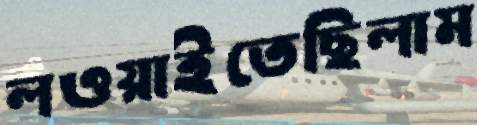
লওয়াইতেছিলাম